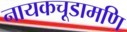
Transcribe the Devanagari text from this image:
नायकचूडामणि